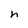
Character: h